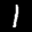
Label: 1